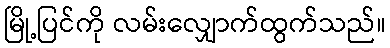
မြို့ပြင်ကို လမ်းလျှောက်ထွက်သည်။